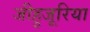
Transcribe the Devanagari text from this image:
जीहुजूरिया